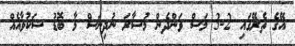
އޭގެ ތެރޭގައި 2-3 މަސް ވަންދެން މުސާރަ ނުދިނަސް މާ ބޮޑު ޝަކުވާއެއް